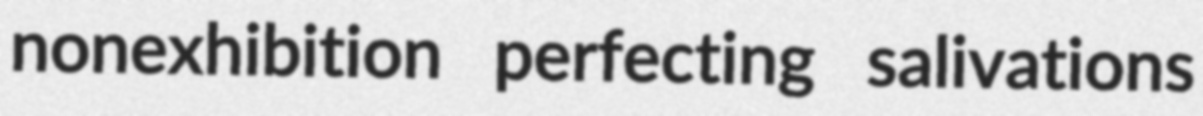
nonexhibition perfecting salivations